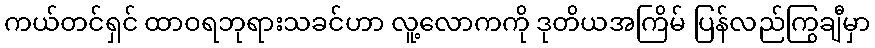
ကယ်တင်ရှင် ထာဝရဘုရားသခင်ဟာ လူ့လောကကို ဒုတိယအကြိမ် ပြန်လည်ကြွချီမှာ